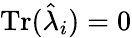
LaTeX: \mathrm{Tr}(\hat{\lambda}_{i})=0